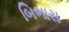
બિભાસ